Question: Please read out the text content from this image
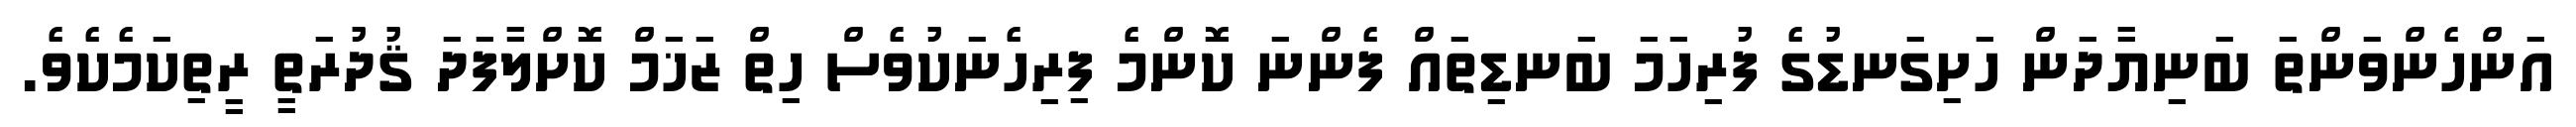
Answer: އަންހެންވަންތަ ބަނިޔާދަން ހަށިގަނޑުގެ ފުރިހަމަ ބަނޑިތައް ފެންނަ ކޮންމެ ފިރިހެނަކުވެސް ހިތް ޒަޚަމް ކޮށްލާފަދަ ޤުދުރަތީ ރީތިކަމެކެވެ.